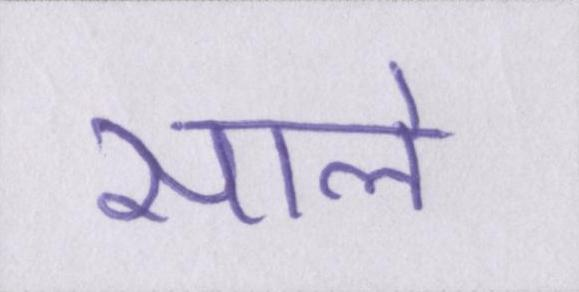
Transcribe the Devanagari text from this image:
साले